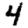
Digit: 4